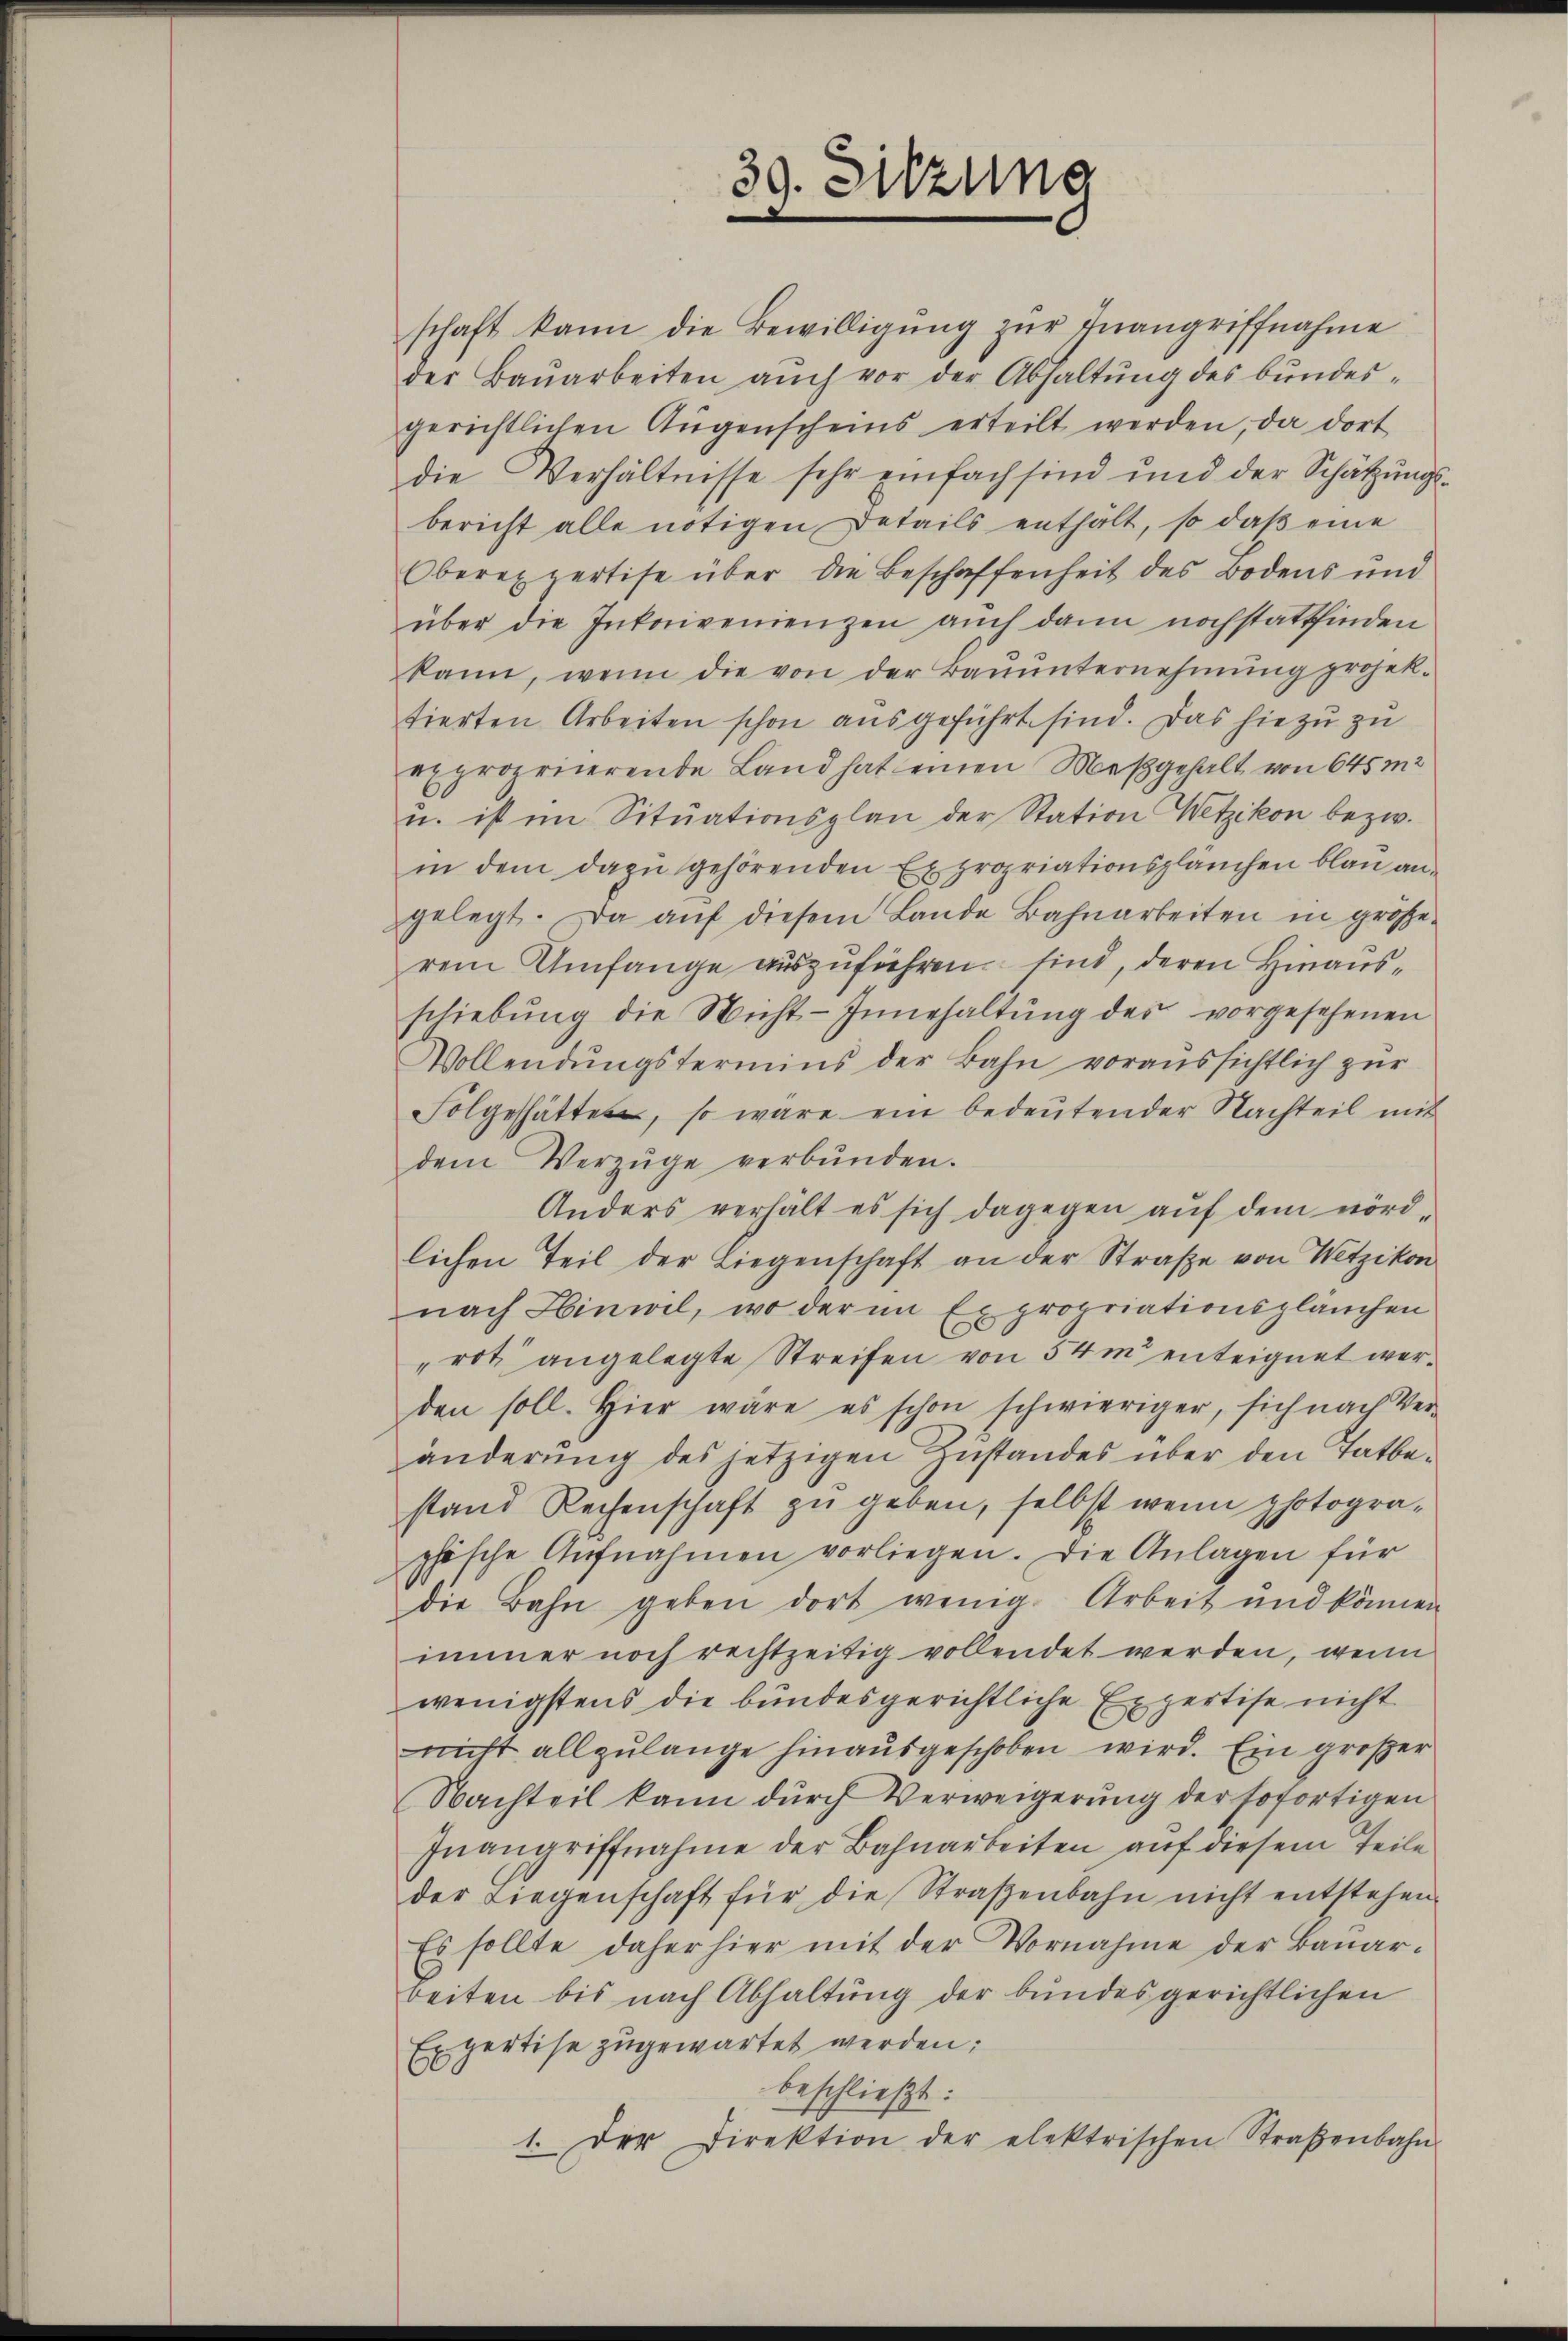
39. Sitzung

schaft kann die Bewilligung zur Inangriffnahme
der Baŭarbeiten aŭch vor der Abhaltŭng des bŭndes-
gerichtlichen Aŭgenscheins erteilt werden, da dort
die Verhältnisse sehr einfach sind und der Schätzung
bericht alle nötigen Details enthält, so daß eine
Oberexpertise über die Beschaffenheit des Bodens und
über die Inkorivenienzen auch dann noch stattfinden
kann, wenn die von der Baŭŭnternehmŭng projek-
tierten Arbeiten schon ausgeführt sind. Das hiezu zu
expropriierende Land hat einen Meßgehalt von 645 m2
u. ist im Sitŭationsplan der Station Wetzikon bezw.
in dem dazu gehörenden Expropriationspläuchen blau angelegt. Da aŭf diesem Lande Bahnarbeiten in grösse-
rem Umfange auszuführen sind, deren Hinausschiebŭng die Nicht- Innehaltŭng des vorgesehenen
Vollendungstermins der Bahn voraussichtlich zur
Folge hätten, so wäre ein bedeŭtender Nachteil mit
dem Verzüge verbŭnden.
Anders verhält es sich dagegen auf dem nördlichen Teil der Liegenschaft an der Straβe von Wetzikon
nach Hinwil, wo der im Expropriationsplänchen
rot angelegte Streifen von 54m enteignet werden soll. Hier wäre es schon schwieriger, sich nach Ver-
änderung des jetzigen Zustandes über den Tatbestand Rechenschaft zŭ geben, selbst wenn photogra-
phische Aŭfnahmen vorliegen. Die Anlagen für
die Bahn geben dort wenig. Arbeit und können
immer noch rechtzeitig vollendet werden, wenn
wenigstens die bundesgerichtliche Expertise nicht
nicht allzulange hinausgeschoben wird. Ein großer
Nachteil kann dŭrch Verweigerŭng der sofortigen
Inangriffnahme der Bahnarbeiten auf diesem Teile
der Liegenschaft für die Straβenbahn nicht entstehen.
Es sollte daher hier mit der Vornahme der Bauar-
beiten bis nach Abhaltung der bundesgerichtlichen
Expertise zugewartet werden:
beschließt:
1. Der Direktion der elektrischen Straßenbahn